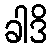
ခါဒိ